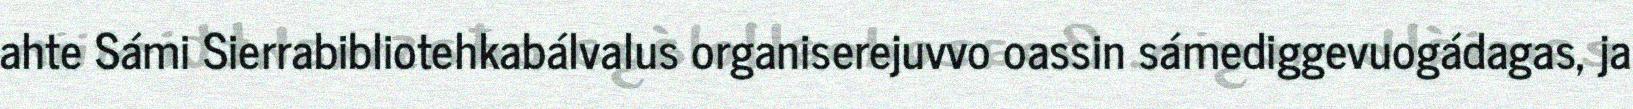
ahte Sámi Sierrabibliotehkabálvalus organiserejuvvo oassin sámediggevuogádagas, ja